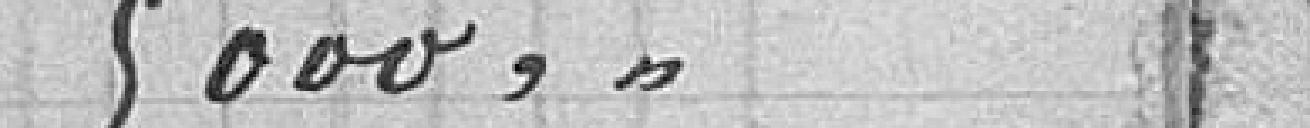
5000